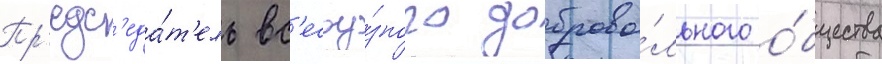
Пр'едс'еда́т'ель вс'есоу́зного доброво́льного о́бщества